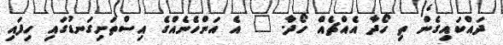
ދައްކައިގެން ތި ހޯދާ އެއްޗެއް ހޯދާ. " އެ އަންހެނެއްގެ އިސްތަށިގަނޑުގައި ހިފައި